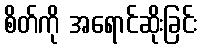
စိတ်ကို အရောင်ဆိုးခြင်း